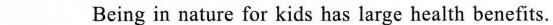
Being in nature for kids has large health benefits.